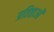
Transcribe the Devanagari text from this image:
प्रतिष्ठाओं